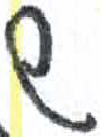
אות: ש